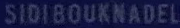
SIDIBOUKNADEL